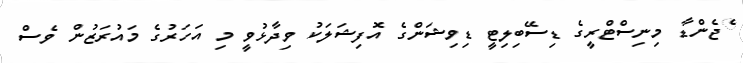
ެޖެންޑާ މިނިސްޓްރީގެ ޑިސޭބިލިޓީ ޑިވިޝަންގެ އޮފިޝަލަކު ވިދާޅުވީ މި އަހަރުގެ މައުރަޒުން ވެސް